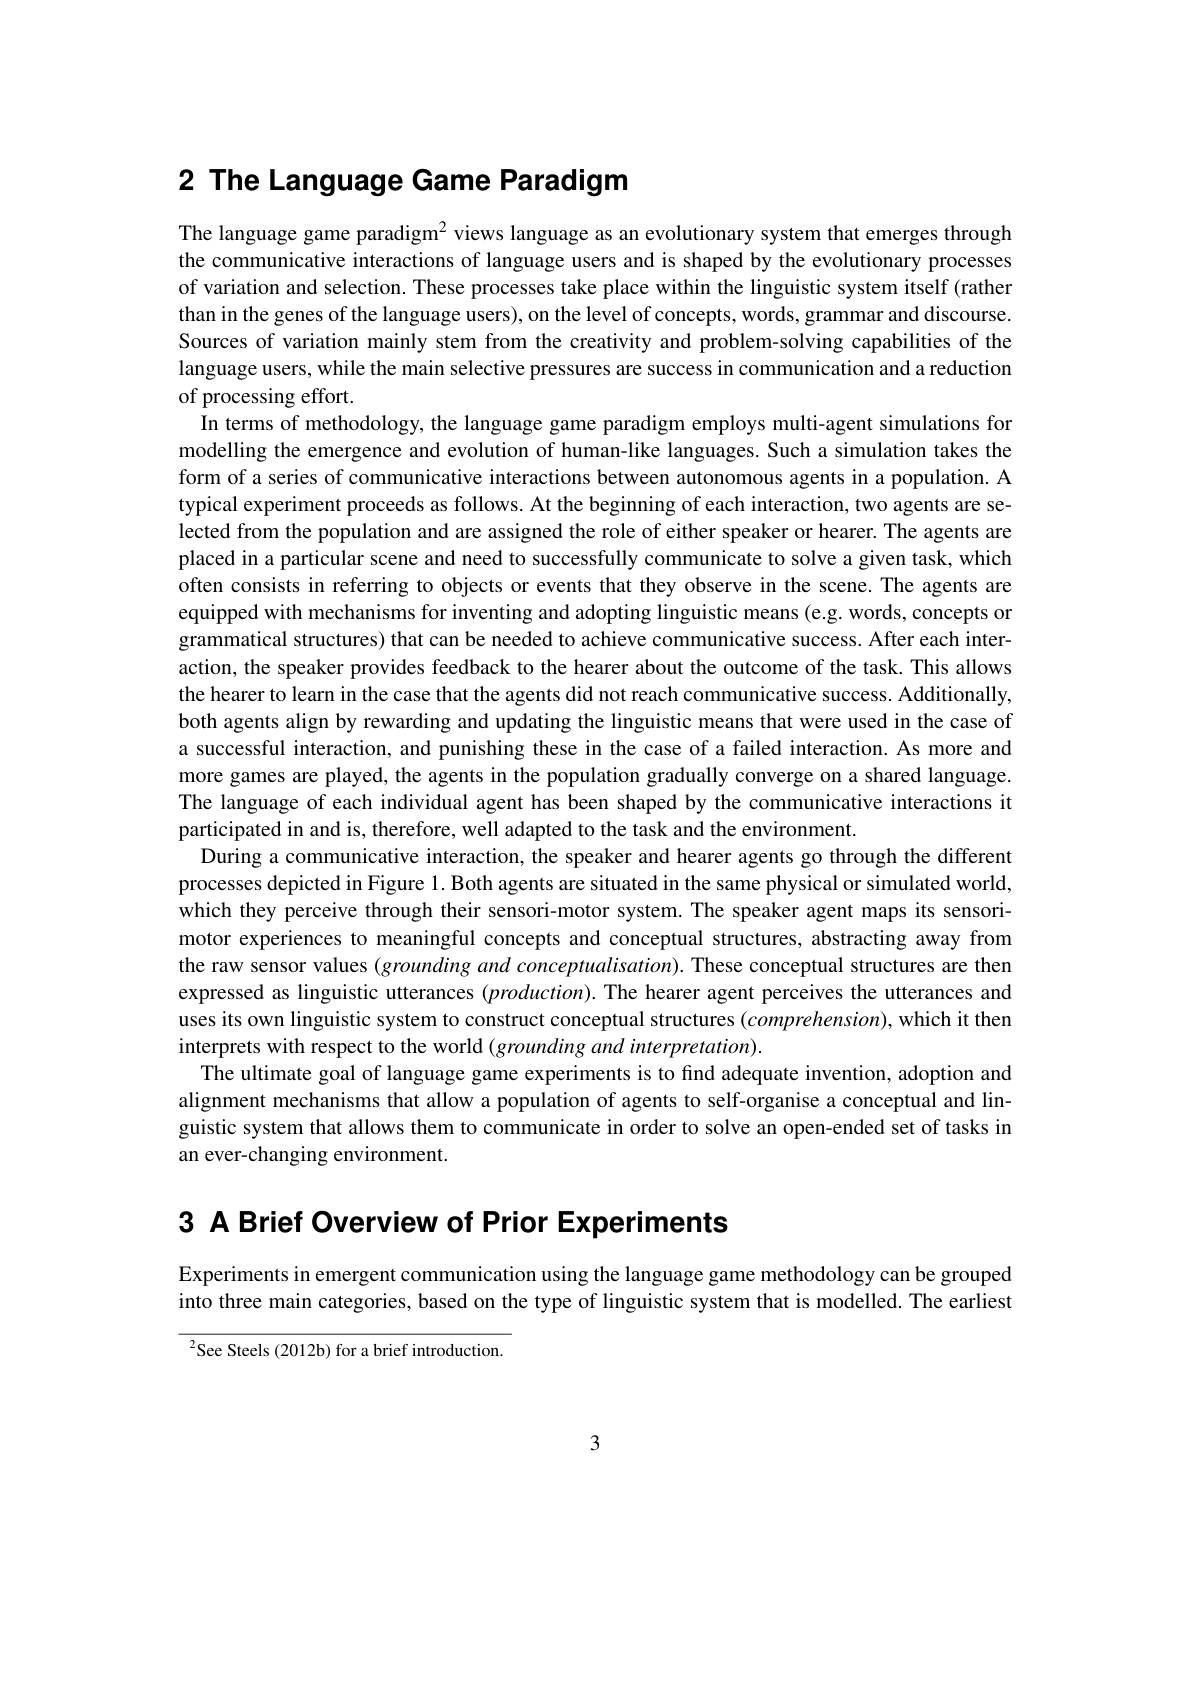
# 2 The Language Game Paradigm

The language game paradigm$^{2}$ views language as an evolutionary system that emerges through the communicative interactions of language users and is shaped by the evolutionary processes of variation and selection. These processes take place within the linguistic system itself (rather than in the genes of the language users), on the level of concepts, words, grammar and discourse. Sources of variation mainly stem from the creativity and problem-solving capabilities of the language users, while the main selective pressures are success in communication and a reduction of processing effort.
In terms of methodology, the language game paradigm employs multi-agent simulations for modelling the emergence and evolution of human-like languages. Such a simulation takes the form of a series of communicative interactions between autonomous agents in a population. A typical experiment proceeds as follows. At the beginning of each interaction, two agents are selected from the population and are assigned the role of either speaker or hearer. The agents are placed in a particular scene and need to successfully communicate to solve a given task, which often consists in referring to objects or events that they observe in the scene. The agents are equipped with mechanisms for inventing and adopting linguistic means (e.g. words, concepts or grammatical structures) that can be needed to achieve communicative success. After each interaction, the speaker provides feedback to the hearer about the outcome of the task. This allows the hearer to learn in the case that the agents did not reach communicative success. Additionally, both agents align by rewarding and updating the linguistic means that were used in the case of a successful interaction, and punishing these in the case of a failed interaction. As more and more games are played, the agents in the population gradually converge on a shared language. The language of each individual agent has been shaped by the communicative interactions it participated in and is, therefore, well adapted to the task and the environment.
During a communicative interaction, the speaker and hearer agents go through the different processes depicted in Figure 1. Both agents are situated in the same physical or simulated world, which they perceive through their sensori-motor system. The speaker agent maps its sensorimotor experiences to meaningful concepts and conceptual structures, abstracting away from the raw sensor values (grounding and conceptualisation). These conceptual structures are then expressed as linguistic utterances $(production).$ The hearer agent perceives the utterances and uses its own linguistic system to construct conceptual structures $(comprehension)$, which it then interprets with respect to the world (grounding and interpretation)
The ultimate goal of language game experiments is to find adequate invention, adoption and alignment mechanisms that allow a population of agents to self-organise a conceptual and linguistic system that allows them to communicate in order to solve an open-ended set of tasks in an ever-changing environment.

3 A Brief Overview of Prior Experiments

Experiments in emergent communication using the language game methodology can be grouped into three main categories, based on the type of linguistic system that is modelled. The earliest

$^{2}$See Steels (2012b) for a brief introduction.

3